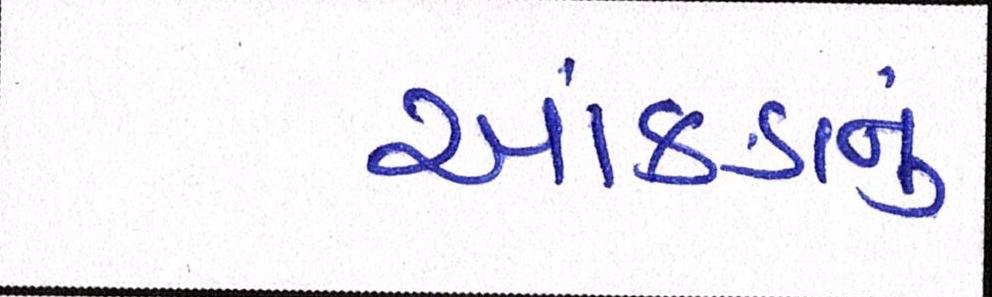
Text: આંકડાનું